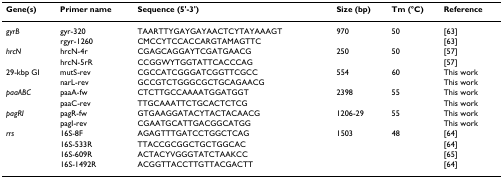
<table><thead><tr><td><b>Gene(s)</b></td><td><b>Primer name</b></td><td><b>Sequence (5&#x27;-3&#x27;)</b></td><td><b>Size (bp)</b></td><td><b>Tm (°C)</b></td><td><b>Reference</b></td></tr></thead><tbody><tr><td><i>gyrB</i></td><td>gyr-320</td><td>TAARTTYGAYGAYAACTCYTAYAAAGT</td><td>970</td><td>50</td><td>[63]</td></tr><tr><td></td><td>rgyr-1260</td><td>CMCCYTCCACCARGTAMAGTTC</td><td></td><td></td><td>[63]</td></tr><tr><td><i>hrcN</i></td><td>hrcN-4r</td><td>CGAGCAGGAYTCGATGAACG</td><td>250</td><td>50</td><td>[57]</td></tr><tr><td></td><td>hrcN-5rR</td><td>CCGGWYTGGTATTCACCCAG</td><td></td><td></td><td>[57]</td></tr><tr><td>29-kbp GI</td><td>mutS-rev</td><td>CGCCATCGGGATCGGTTCGCC</td><td>554</td><td>60</td><td>This work</td></tr><tr><td></td><td>narL-rev</td><td>GCCGTCTGGGCGCTGCAGAACG</td><td></td><td></td><td>This work</td></tr><tr><td><i>paaABC</i></td><td>paaA-fw</td><td>CTCTTGCCAAAATGGATGGT</td><td>2398</td><td>55</td><td>This work</td></tr><tr><td></td><td>paaC-rev</td><td>TTGCAAATTCTGCACTCTCG</td><td></td><td></td><td>This work</td></tr><tr><td><i>pagRI</i></td><td>pagR-fw</td><td>GTGAAGGATACYTACTACAACG</td><td>1206-29</td><td>55</td><td>This work</td></tr><tr><td></td><td>pagI-rev</td><td>CGAATGCATTGACGGCATGG</td><td></td><td></td><td>This work</td></tr><tr><td><i>rrs</i></td><td>16S-8F</td><td>AGAGTTTGATCCTGGCTCAG</td><td>1503</td><td>48</td><td>[64]</td></tr><tr><td></td><td>16S-533R</td><td>TTACCGCGGCTGCTGGCAC</td><td></td><td></td><td>[64]</td></tr><tr><td></td><td>16S-609R</td><td>ACTACYVGGGTATCTAAKCC</td><td></td><td></td><td>[65]</td></tr><tr><td></td><td>16S-1492R</td><td>ACGGTTACCTTGTTACGACTT</td><td></td><td></td><td>[64]</td></tr></tbody></table>